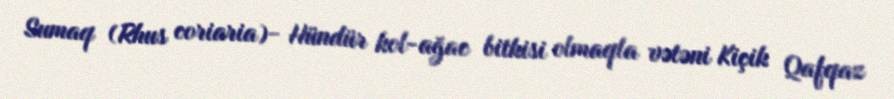
Sumaq (Rhus coriaria)- Hündür kol-ağac bitkisi olmaqla vətəni Kiçik Qafqaz